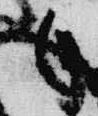
々